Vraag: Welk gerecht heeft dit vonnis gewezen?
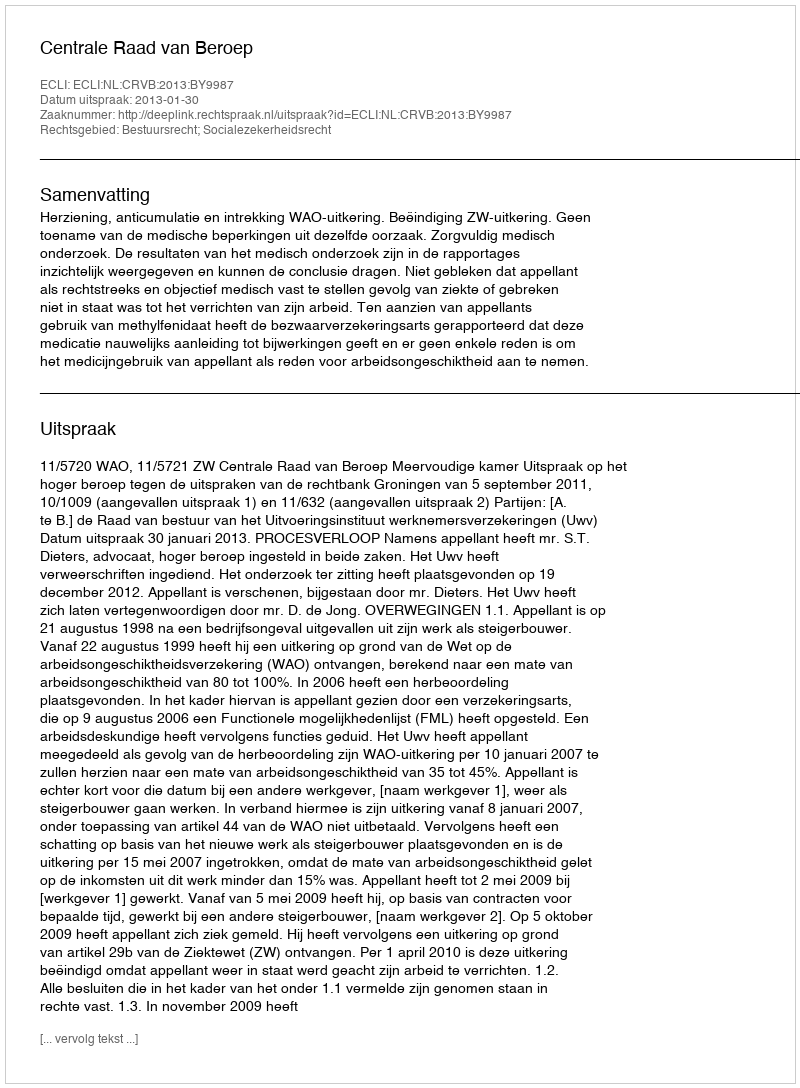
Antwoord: Centrale Raad van Beroep